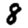
Digit: 8